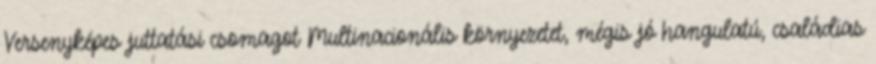
Versenyképes juttatási csomagot Multinacionális környezetet, mégis jó hangulatú, családias